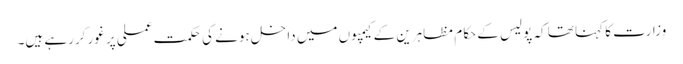
وزارت کا کہنا تھا کہ پولیس کے حکام مظاہرین کے کیمپوں میں داخل ہونے کی حکمت عملی پر غور کررہے ہیں۔